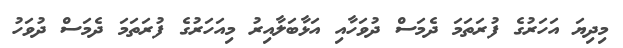
މިދިޔަ އަހަރުގެ ފުރަތަމަ ދެމަސް ދުވަހާއި އަޅާބަލާއިރު މިއަހަރުގެ ފުރަތަމަ ދެމަސް ދުވަހު